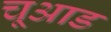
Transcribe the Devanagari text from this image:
चूआड